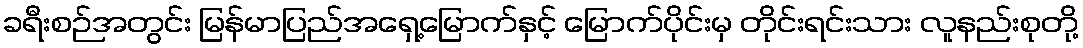
ခရီးစဉ်အတွင်း မြန်မာပြည်အရှေ့မြောက်နှင့် မြောက်ပိုင်းမှ တိုင်းရင်းသား လူနည်းစုတို့